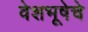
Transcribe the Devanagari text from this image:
वेशभूषेचे